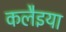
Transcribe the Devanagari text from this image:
कलैइया